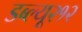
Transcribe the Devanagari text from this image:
डब्ल्यू२१२